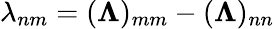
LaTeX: \lambda_{nm}=({\boldsymbol{\Lambda}})_{mm}-({\boldsymbol{\Lambda}})_{nn}